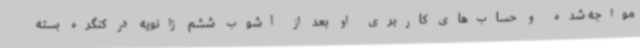
مواجه شده و حساب‌های کاربری او بعد از آشوب ششم ژانویه در کنگره بسته